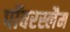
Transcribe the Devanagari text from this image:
पॉवरस्लैम